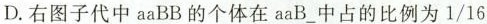
D.右图子代中aaBB的个体在aaB_中占的比例为1/16